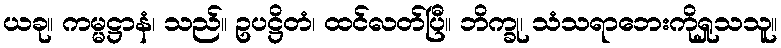
ယခု။ ကမ္မဋ္ဌာနံ၊ သည်။ ဥပဋ္ဌိတံ၊ ထင်လတ်ပြီ။ ဘိက္ခု၊ သံသရာဘေးကိုရှုသသူ။